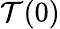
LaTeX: \mathcal{T}(0)